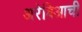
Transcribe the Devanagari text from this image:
अरेबिआची